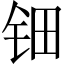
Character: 钿